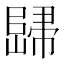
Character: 𲉡